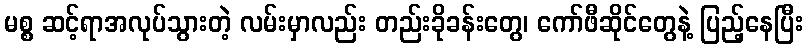
မစ္စ ဆင့်ရာအလုပ်သွားတဲ့ လမ်းမှာလည်း တည်းခိုခန်းတွေ၊ ကော်ဖီဆိုင်တွေနဲ့ ပြည့်နေပြီး